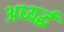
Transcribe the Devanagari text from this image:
अध्यर्द्ध